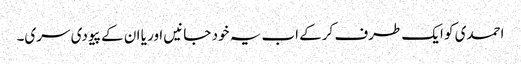
احمدی کو ایک طرف کرکے اب یہ خود جانیں اور یا ان کے پیو دی سری۔